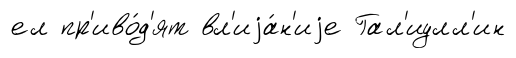
ел пр'иво́д'ят вл'иjа́н'иjе Гал'иулл'ин